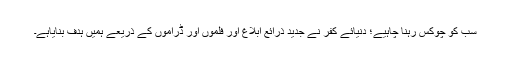
سب کو چوکس رہنا چاہیے؛ دنیائے کفر نے جدید ذرائع ابلاغ اور فلموں اور ڈراموں کے ذریعے ہمیں ہدف بنایاہے۔